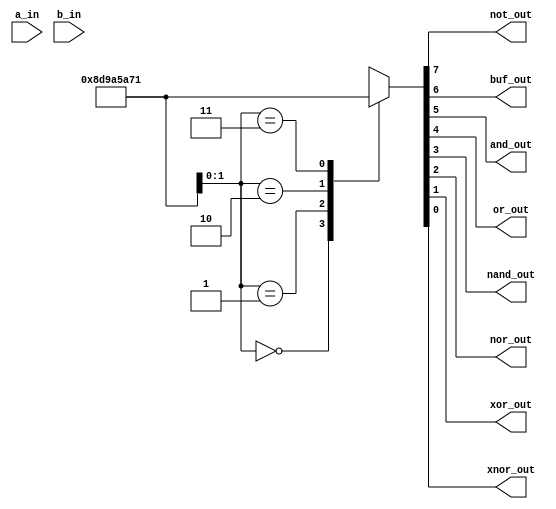
module basic_gates_behav(input a_in,
                         input b_in,
                         output reg not_out,
                         output reg buf_out,
                         output reg and_out,
                         output reg or_out,
                         output reg nand_out,
                         output reg nor_out,
                         output reg xor_out,
                         output reg xnor_out);
// consider not_out = ~a, buf_out = a
  always@(a,b)
    begin
      case({a,b})
        0:  {not_out, buf_out, and_out, or_out, nand_out, nor_out, xor_out, xnor_out} = 8'b1000_1101;
        1:  {not_out, buf_out, and_out, or_out, nand_out, nor_out, xor_out, xnor_out} = 8'b1001_1010;
        2:  {not_out, buf_out, and_out, or_out, nand_out, nor_out, xor_out, xnor_out} = 8'b0101_1010;
        3:  {not_out, buf_out, and_out, or_out, nand_out, nor_out, xor_out, xnor_out} = 8'b0111_0001;
        default: {not_out, buf_out, and_out, or_out, nand_out, nor_out, xor_out, xnor_out} = 8'bxxxx_xxxx;
      endcase
    end
endmodule